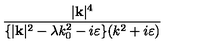
\frac { | \mathbf { k } | ^ { 4 } } { \{ | \mathbf { k } | ^ { 2 } - \lambda k _ { 0 } ^ { 2 } - i \varepsilon \} ( k ^ { 2 } + i \varepsilon ) }